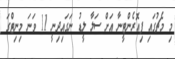
މި މެޗުގައި ފިއޮރެންޓީނާ އަށް ސަލާ ލީޑު ނަގައިދިނީ 11 ވަނަ މިނިޓްގަ